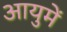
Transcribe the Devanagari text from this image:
आयुमें